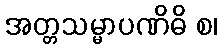
အတ္တသမ္မာပဏိဓိ စ၊